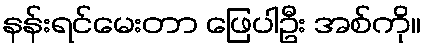
နန်းရင်မေးတာ ဖြေပါဦး အစ်ကို။